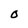
Character: O